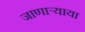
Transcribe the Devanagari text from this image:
जाणाऱ्याया